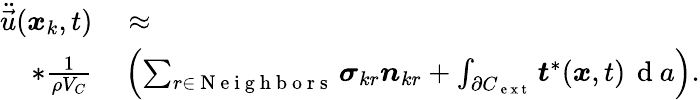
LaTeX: \begin{array}{rl}{\ddot{\vec{u}}(\boldsymbol{x}_{k},t)}&{{}\approx}\\ {*\frac{1}{\rho{V_{C}}}}&{{}\left(\sum_{r\in\mathrm{~N~e~i~g~h~b~o~r~s~}}\boldsymbol{\sigma}_{kr}\boldsymbol{n}_{kr}+\int_{\partial{C}_{\mathrm{~e~x~t~}}}\boldsymbol{t}^{*}(\boldsymbol{x},t)\, \mathrm{~d~}a\right).}\end{array}